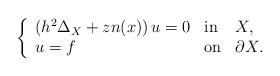
LaTeX: \begin{align*}\left\{\begin{array}{lll} \left(h^2\Delta_X+zn(x)\right)u=0&\mbox{in}& X,\\ u=f&\mbox{on}&\partial X.\end{array}\right.\end{align*}